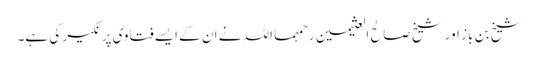
شیخ بن باز اور شیخ صالح العثیمین رحمہما اللہ نے ان کے ایسے فتاوی پر نکیر کی ہے۔